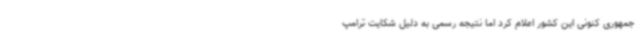
جمهوری کنونی این کشور اعلام کرد اما نتیجه رسمی به دلیل شکایت ترامپ